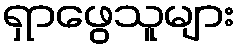
ရှာဖွေသူများ